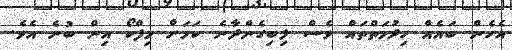
އެހެން ބައެއް ހިދުމަތްތައް ވެސް ލިބިގެންދާނެ ކަމަށް މިފްކޯ އިން ބުނެ އެވެ.